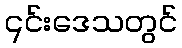
၎င်းဒေသတွင်